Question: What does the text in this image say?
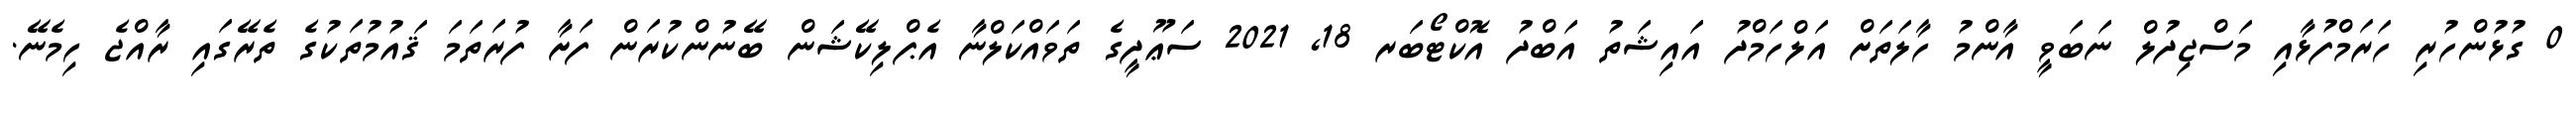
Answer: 0 ގުޅުންހުރި ހަރަމްފުޅާއި މަސްޖިދުލް ނަބަވީ އާންމު ހާލަތަށް އަލްހަމްދު އައިޝަތު އަބްދު އޮކްޓޯބަރ 18, 2021 ސަޢޫދީގެ ތަވައްކަލްނާ އެޕްލިކޭޝަން ބޭނުންކުރަން ފަށާ ފުރަތަމަ ޤައުމުތަކުގެ ތެރޭގައި ރާއްޖެ ހިމެނޭ.